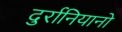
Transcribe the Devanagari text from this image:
दुर्रानियानो